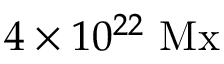
4 \times 1 0 ^ { 2 2 } \ \mathrm { M x }